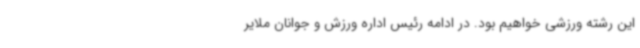
این رشته ورزشی خواهیم بود. در ادامه رئیس اداره ورزش و جوانان ملایر